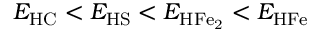
E _ { \mathrm { H C } } < E _ { \mathrm { H S } } < E _ { \mathrm { H F e _ { 2 } } } < E _ { \mathrm { H F e } }